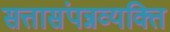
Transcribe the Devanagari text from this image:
सत्तासंपन्नव्यक्ति